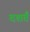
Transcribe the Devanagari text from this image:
दशर्तं